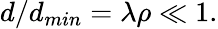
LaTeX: d/d_{min}=\lambda\rho\ll 1.